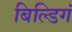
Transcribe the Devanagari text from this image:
बिल्डिगं